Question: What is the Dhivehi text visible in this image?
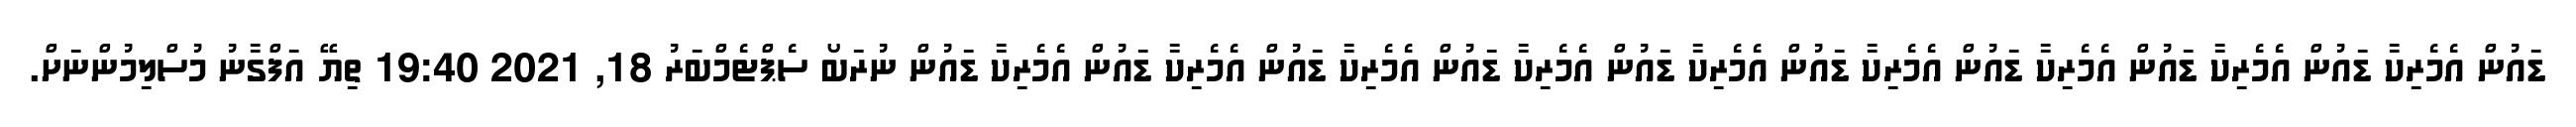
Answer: ޑައުން އެމެރިކާ ޑައުން އެމެރިކާ ޑައުން އެމެރިކާ ޑައުން އެމެރިކާ ޑައުން އެމެރިކާ ޑައުން އެމެރިކާ ޑައުން އެމެރިކާ ޑައުން އެމެރިކާ ޑައުން އެމެރިކާ ޑައުން ނުރަބޯ ސެޕްޓެމްބަރު 18, 2021 19:40 ތިޔޭ އަފްގާނު މުސްލިމުންނަށް.